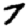
Digit: 7